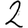
Digit: 2